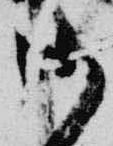
御